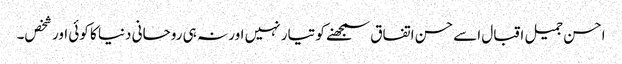
احسن جمیل اقبال اسے حسن اتفاق سمجھنے کو تیار نہیں اور نہ ہی روحانی دنیا کا کوئی اور شخص۔